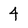
Character: 4